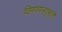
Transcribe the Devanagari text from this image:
विगणयन्हर्तुमार्तिं